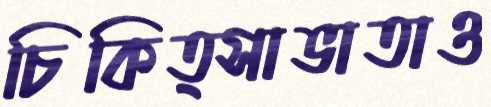
চিকিত্সাভাতাও